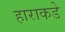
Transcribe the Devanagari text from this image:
हाराकडे